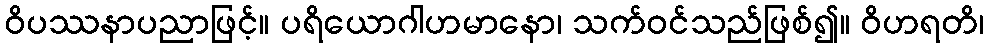
ဝိပဿနာပညာဖြင့်။ ပရိယောဂါဟမာနော၊ သက်ဝင်သည်ဖြစ်၍။ ဝိဟရတိ၊